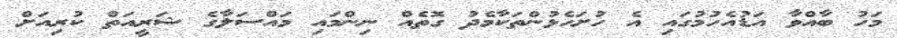
މަހު ބާއްވާ އަޑުއެހުމުގައި އެ ހުށަހެޅުންތަކާމެދު ގޮތެއް ނިންމައި މައްސަލާގެ ޝަރީއަތް ކުރިއަށް